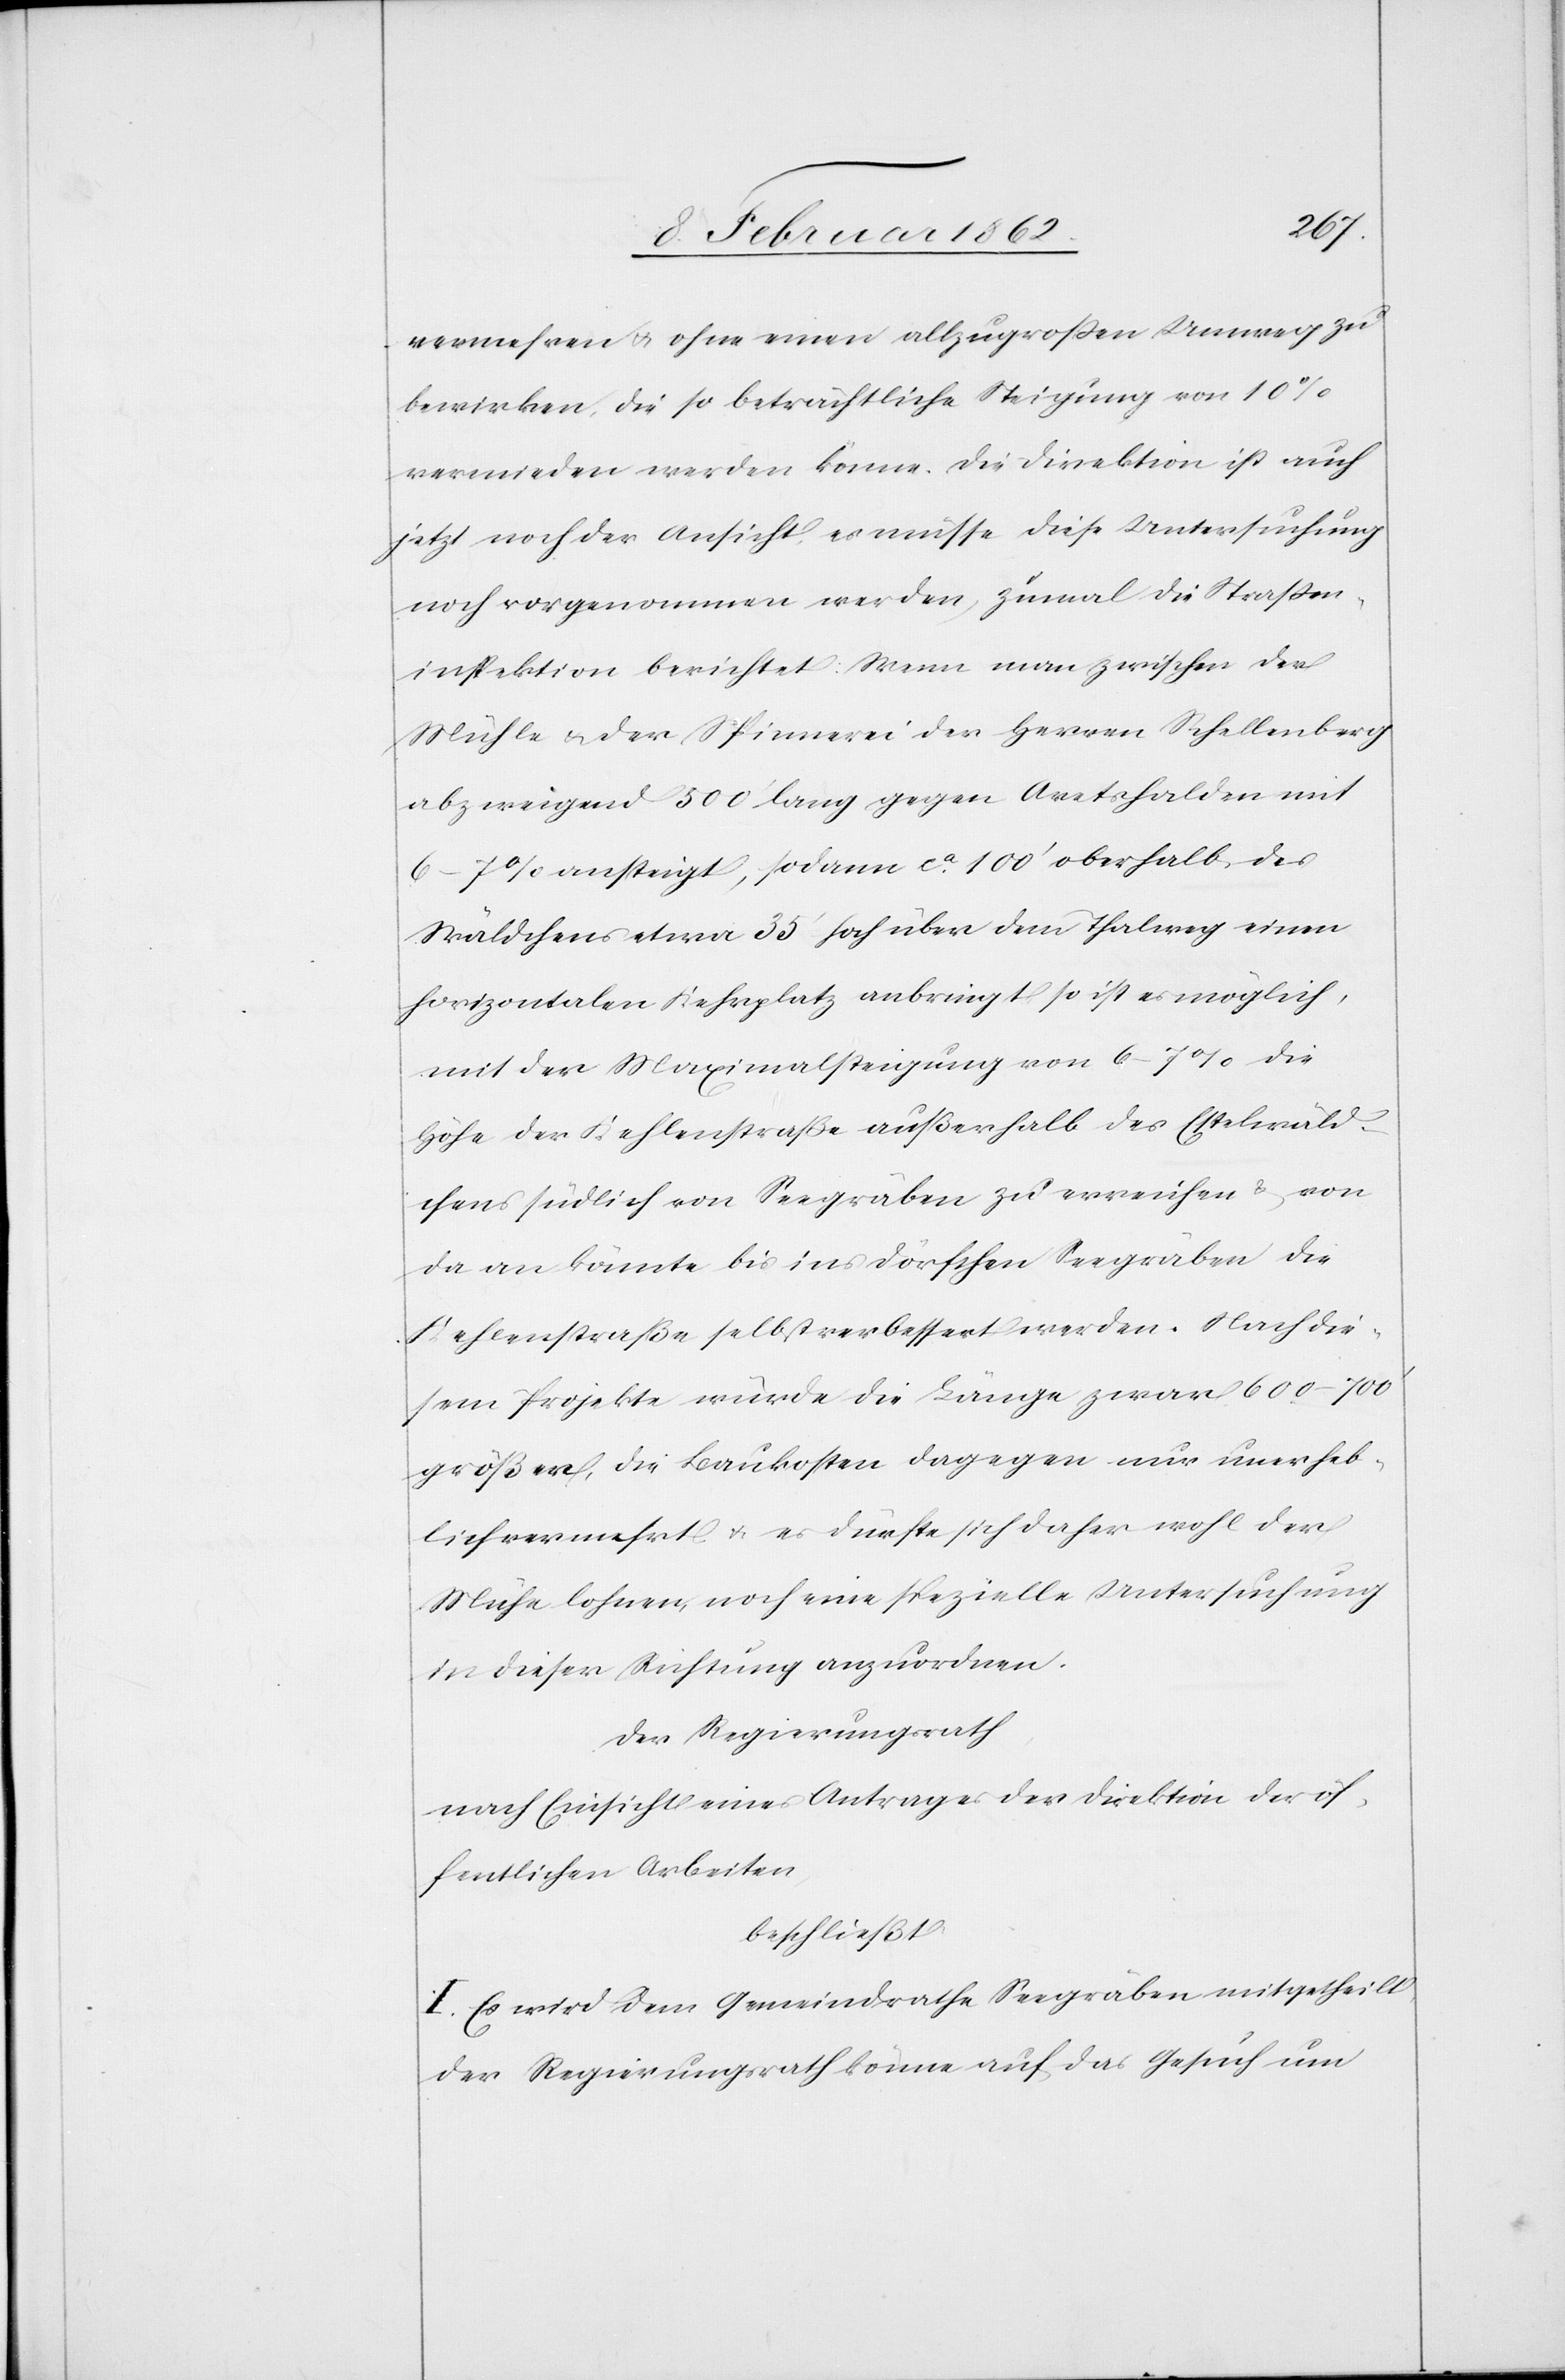
vermehren u. ohne einen allzugroßen Umweg zu
bewirken, die so beträchtliche Steigung von 10%
vermieden werden könne. Die Direktion ist auch
jetzt noch der Ansicht, es müsse diese Untersuchung
noch vorgenommen werden, zumal die Straßen¬
inspektion berichtet: Wenn man zwischen der
Mühle & der Spinnerei der Herren Schellenberg
abzweigend 500’ lang gegen Aretshalden mit
6–7% ansteigt, sodann ca. 100’ oberhalb des
Wäldchens etwa 35’ hoch über dem Thalweg einen
horizontalen Kehrplatz anbringt, so ist es möglich,
mit der Maximalsteigung von 6–7% die
Höhe der Kehlenstraße außerhalb des Estelwäld¬
chens südlich von Seegräben zu erreichen & von
da an könnte bis ins Dörfchen Seegräben die
Kehlenstraße selbst verbessert werden. Nach die¬
sem Projekte würde die Länge zwar 600–700’
größer, die Baukosten dagegen nur unerheb¬
lich vermehrt u. es dürfte sich daher wohl der
Mühe lohnen, noch eine spezielle Untersuchung
in dieser Richtung anzuordnen.
Der Regierungsrath,
nach Einsicht eines Antrages der Direktion der öf¬
fentlichen Arbeiten,
beschließt
I. Es wird dem Gemeindrathe Seegräben mitgetheilt,
der Regierungsrath könne auf das Gesuch um